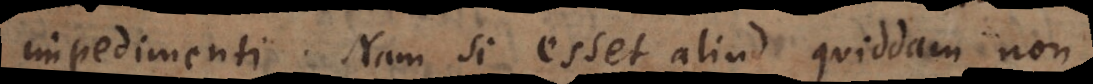
impedimenti. Nam si esset aliud quiddam, non